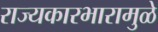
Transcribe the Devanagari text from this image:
राज्यकारभारामुळे